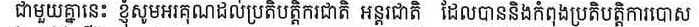
ជាមួូយគ្នានេះ ខ្ញុំសូមអរគុណដល់ប្រតិបត្តិការជាតិ អន្តរជាតិ ដែលបាននិងកំពុងប្រតិបត្តិការបោស